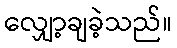
လျှော့ချခဲ့သည်။